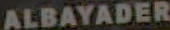
ALBAYADER